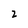
Character: 2